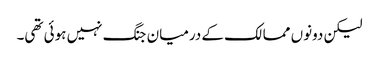
لیکن دونوں ممالک کے درمیان جنگ نہیں ہوئی تھی۔